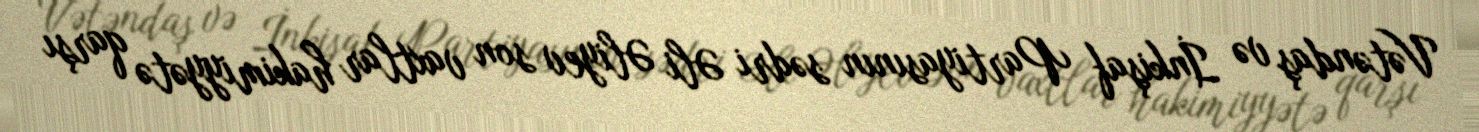
Vətəndaş və İnkişaf Partiyasının sədri Əli Əliyev son vaxtlar hakimiyyətə qarşı